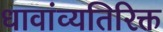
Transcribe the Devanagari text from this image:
धावांव्यतिरिक्त